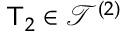
\mathsf T _ { 2 } \in \mathcal T ^ { ( 2 ) }